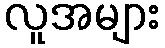
လူအများ